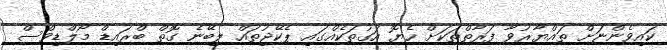
ކައިވެންޏަށް ތައްޔާރުވާ ފަރާތްތަކަށް ހެޔޮ އަގުތަކެއްގައި ޕެކޭޖުތައް ލިބޭނެ ގޮތް ބްރައިޑް މޯލްޑިވްސް